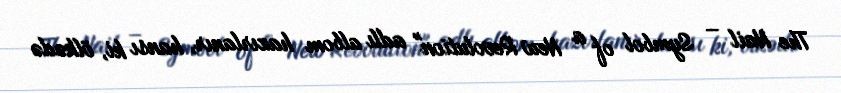
The Nail – Symbol of a New Revolution" adlı albom hazırlanır, hansı ki, ölkədə